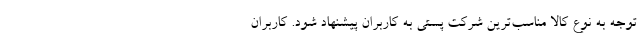
توجه به نوع کالا مناسب­ترین شرکت پستی به کاربران پیشنهاد شود. کاربران